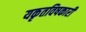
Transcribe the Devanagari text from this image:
यकृतविषकारी